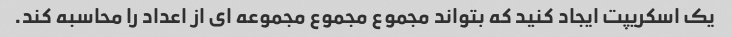
یک اسکریپت ایجاد کنید که بتواند مجموع مجموع مجموعه ای از اعداد را محاسبه کند.